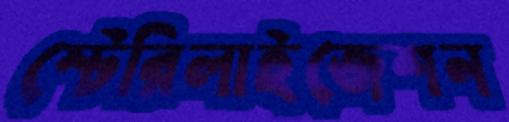
স্টেরিলাইজেশন